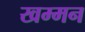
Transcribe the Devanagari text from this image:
खम्मन